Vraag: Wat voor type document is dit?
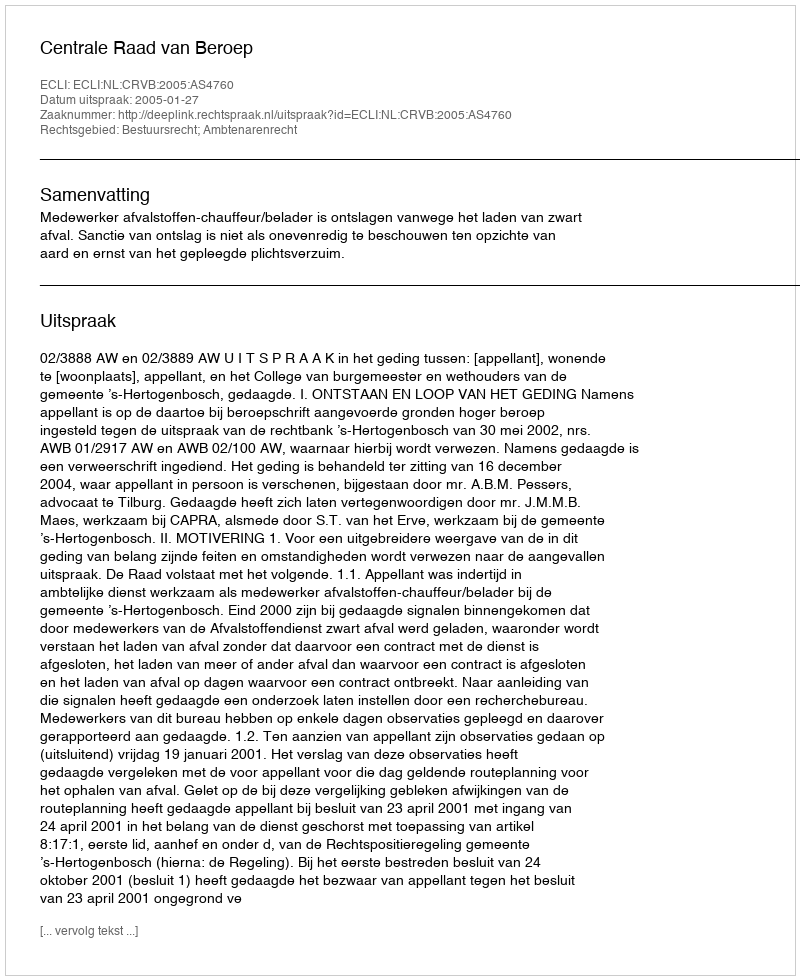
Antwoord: Uitspraak